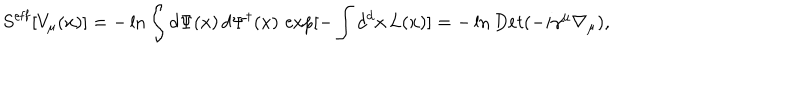
LaTeX: S ^ { \mathrm { e f f } } [ V _ { \mu } ( x ) ] = - \ln \int d \Psi ( x ) \, d \Psi ^ { \dagger } ( x ) \, \exp [ - \int d ^ { d } x \, L ( x ) ] = - \ln D e t ( - i \gamma ^ { \mu } \nabla _ { \mu } ) ,